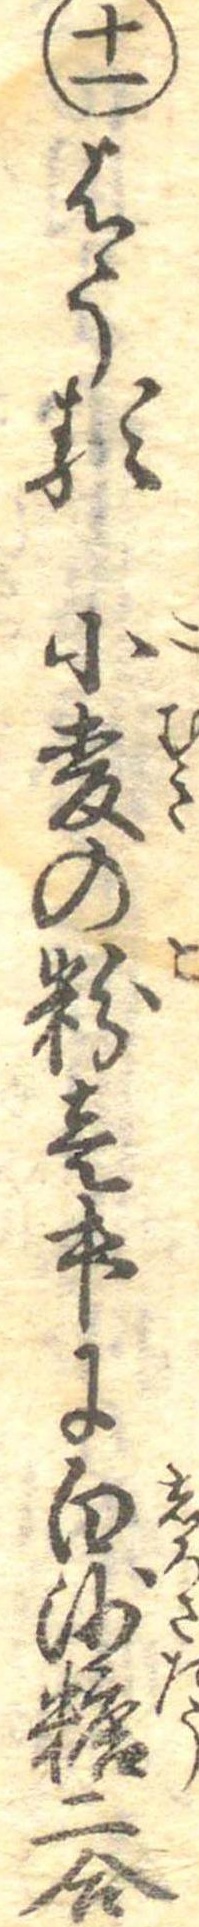
十一はうる小麦の粉壱升に白沙糖二合